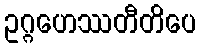
ဥဂ္ဂဟေဿတီတိပေ